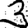
Digit: 3